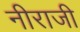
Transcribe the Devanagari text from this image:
नीराजी